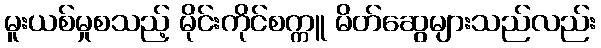
မူးယစ်မှုစသည့် မိုင်းကိုင်စက္ကူ မိတ်ဆွေများသည်လည်း